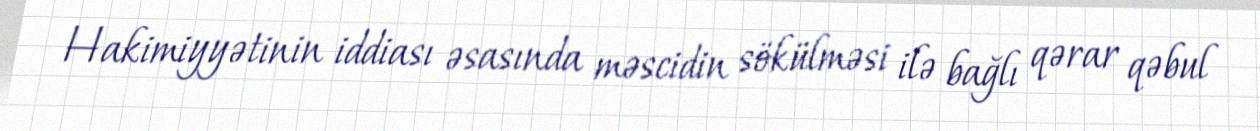
Hakimiyyətinin iddiası əsasında məscidin sökülməsi ilə bağlı qərar qəbul